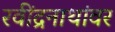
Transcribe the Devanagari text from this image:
रवींद्रनाथांवर